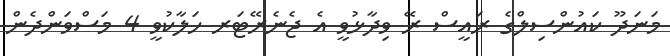
މަނަދޫ ކައުންސިލްގެ ރައީސް ރޭ ވިދާޅުވީ އެ ޖެނެރޭޓަރ ހަލާކުވީ 4 މަސްވަންދެން